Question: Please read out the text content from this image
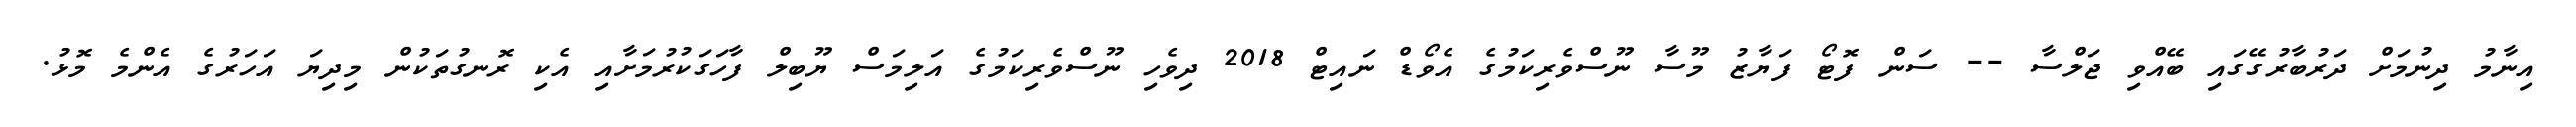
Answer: އިނާމު ދިނުމަށް ދަރުބާރުގޭގައި ބޭއްވި ޖަލްސާ -- ސަން ފޮޓޯ ފަޔާޒު މޫސާ ނޫސްވެރިކަމުގެ އެވޯޑް ނައިޓް 2018 ދިވެހި ނޫސްވެރިކަމުގެ އަލިމަސް ޔޫބިލް ފާހަގަކުރުމަށާއި އެކި ރޮނގުތަކުން މިދިޔަ އަހަރުގެ އެންމެ މޮޅު.